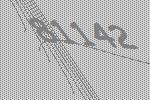
81142